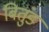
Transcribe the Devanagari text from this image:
बितुंड